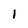
Character: I